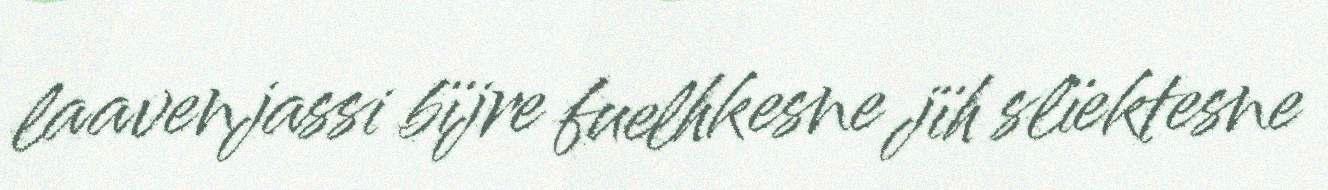
laavenjassi bïjre fuelhkesne jïh slïektesne